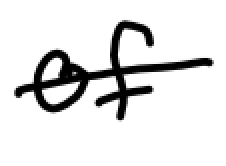
Text: of
Cross-out: single-line
Writing tool: digital_black